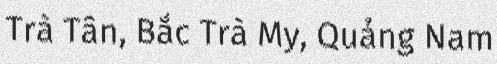
Trà Tân, Bắc Trà My, Quảng Nam